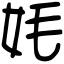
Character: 㚪